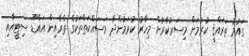
ގައުމު ތަރައްޤީ ކުރުމަށް މިސަރުކާރުން މިހާރު ކުރަމުންދާ މަސައްކަތްތަކުގެ ތެރެއިން އައްޑޫ ސިޓީއާއި